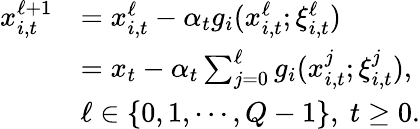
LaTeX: \begin{array}{rl}{x_{i,t}^{\ell+1}}&{=x_{i,t}^{\ell}-\alpha_{t}g_{i}(x_{i,t}^{\ell};\xi_{i,t}^{\ell})}\\ &{=x_{t}-\alpha_{t}\sum_{j=0}^{\ell}g_{i}(x_{i,t}^{j};\xi_{i,t}^{j}),}\\ &{\ell\in\left\{ 0,1,\cdots,Q-1\right\} ,\ t\geq 0.}\end{array}